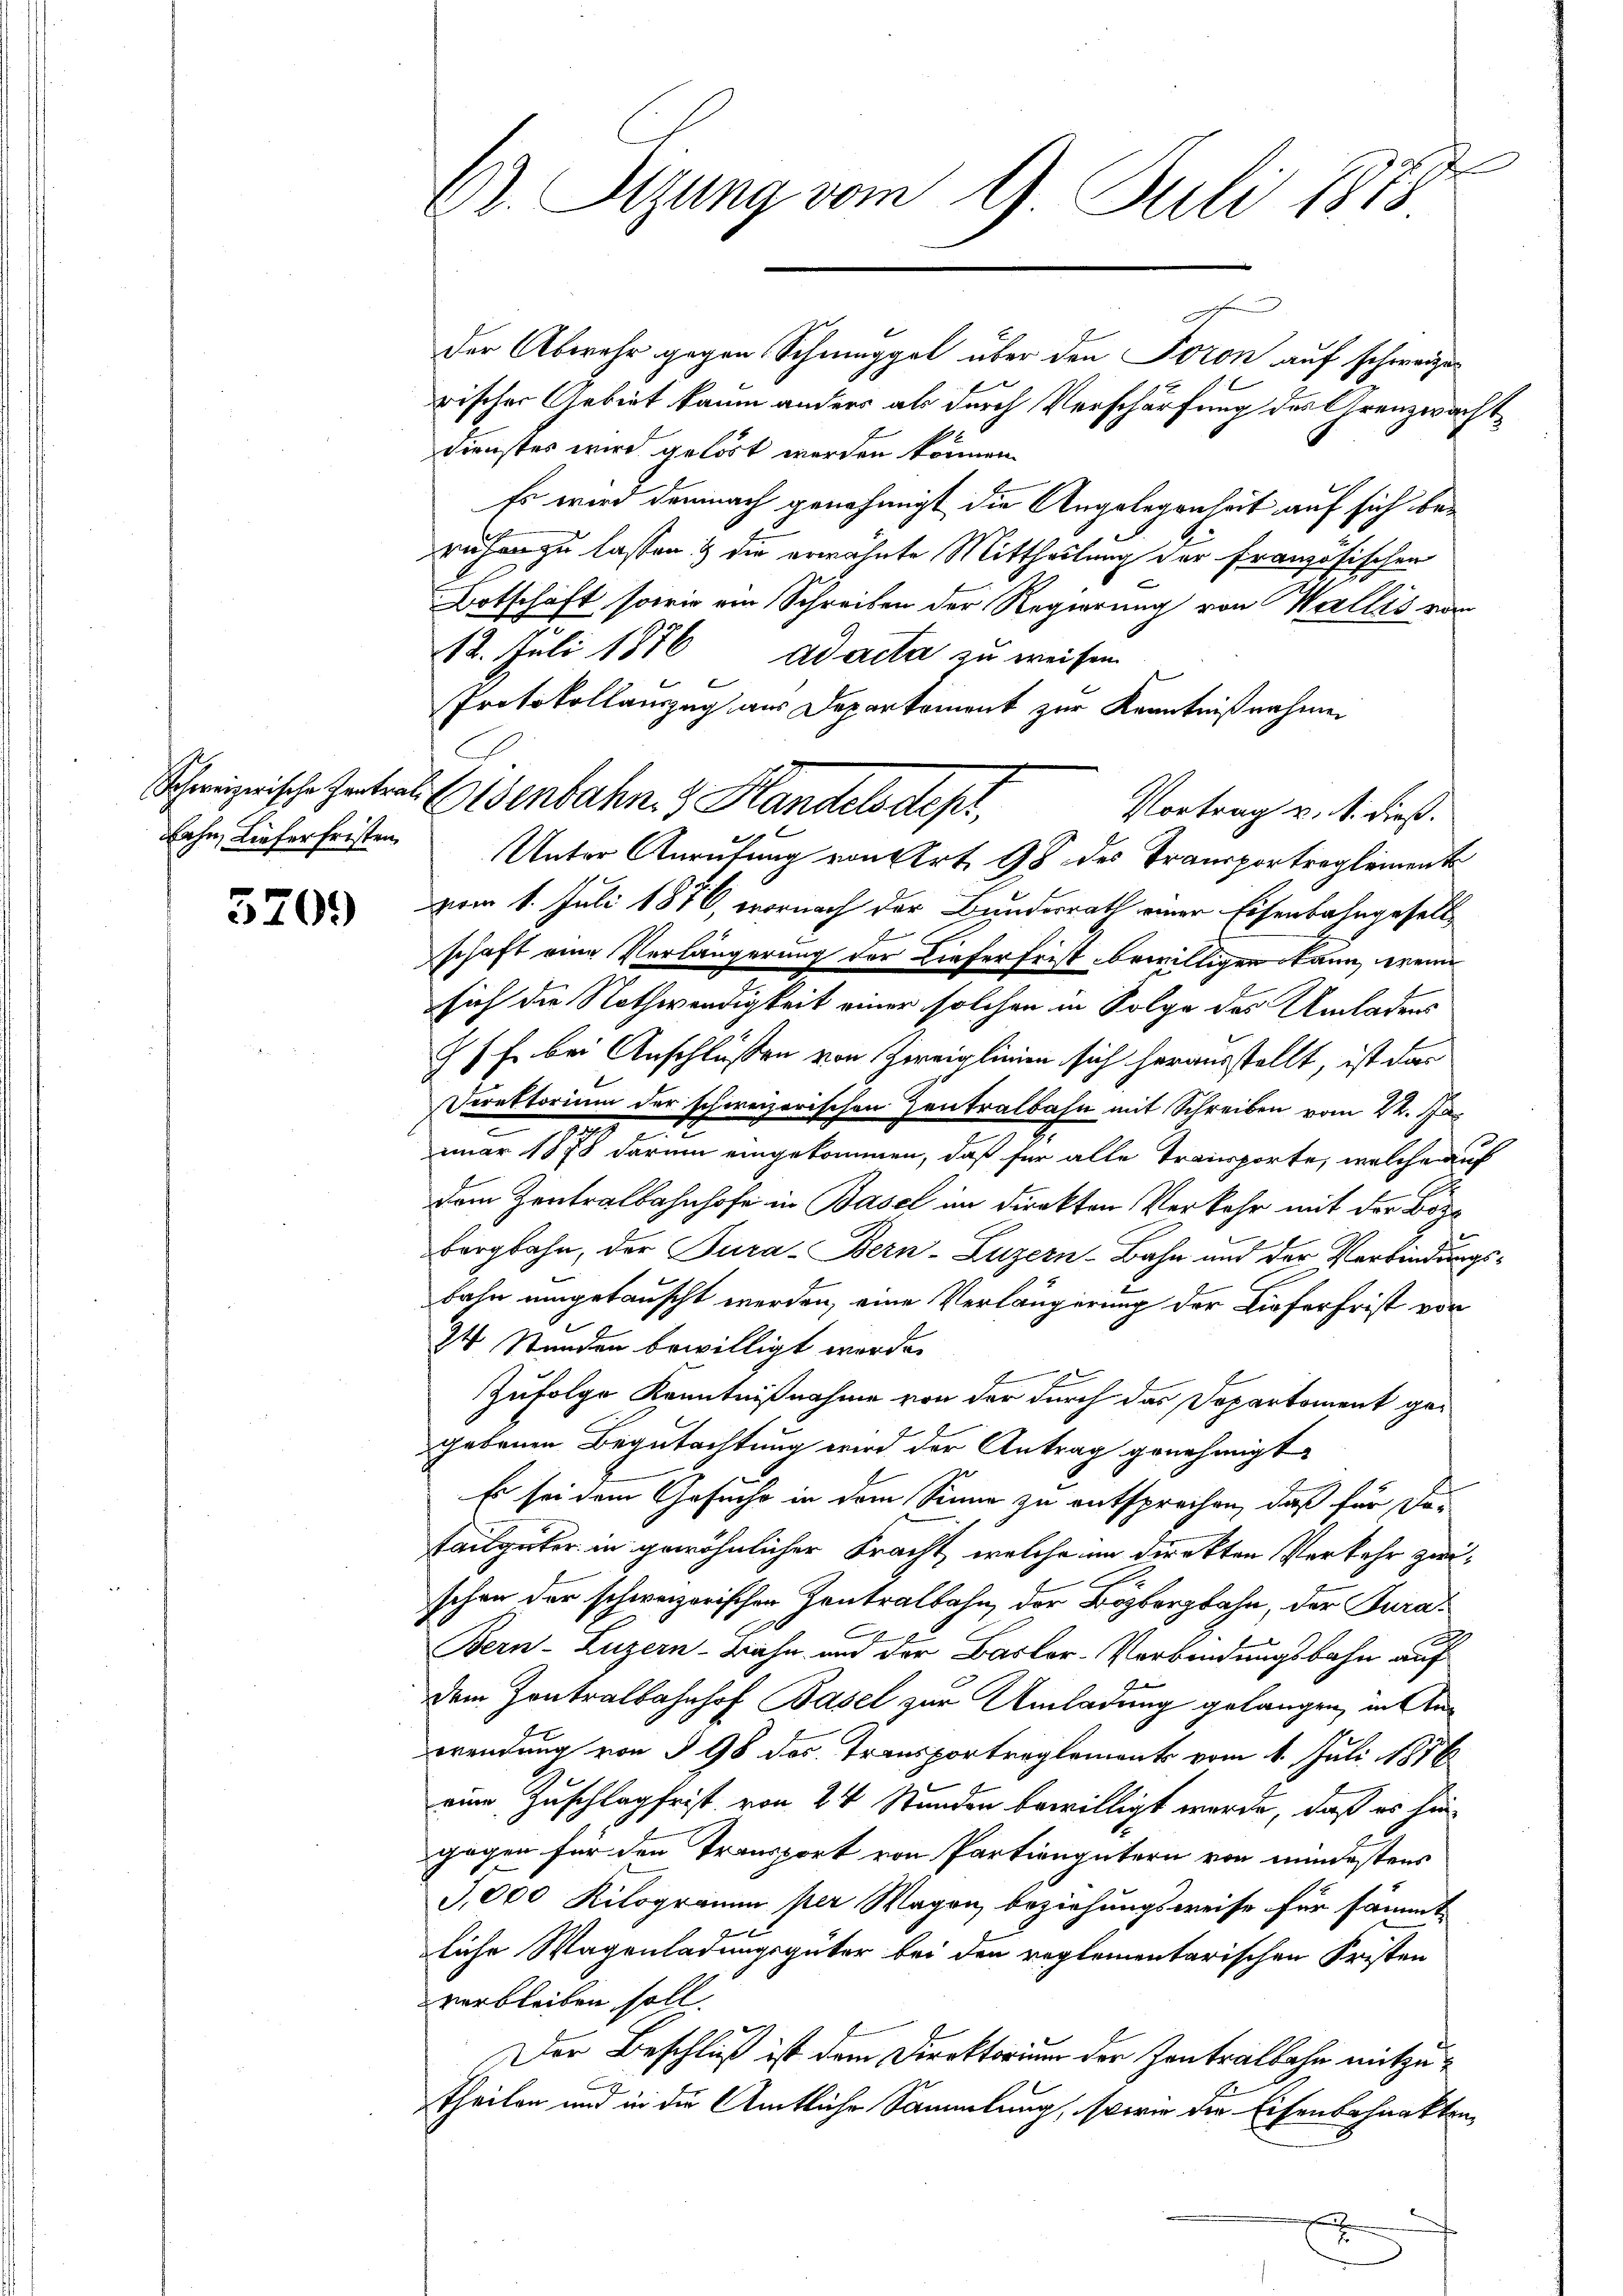
ahn, Liefer fristen

3209

C. Sizung vom 9. Juli 1873

der Abwehr gegen Schmuggel über den Foron auf schweizerischer Gebiet kaum anders als durch Verschärfung des Grenzwacht¬
Dienster wird gelöst werden können.
Es wird demnach genehmigt die Angelegenheit auf sich beruhen zu lassen & die erwähnte Mittheilung der französischen
Botschaft, sowie ein Schreiben der Regierung von Wallis vom
12. Juli 1876 ad acta zu weisen
Protokollauszug aus Departement zur Kenntnißnahmen
Vortrag u. s. dieß.
Unter Anrufung von Art. 98 des Transportreglemente
vom 1. Juli 1876, wornach der Bundesrath einer Eisenbahngesell
schaft eine Verlängerung der Lieferfrist bewilligen kann, weine
sich die Nothwendigkeit einer solchen in Folge des Umladens
7fr. bei Anschlüssen von Zweiglinien sich herausstellt, ist dar
Direktorium der schweizerischen Zentralbahn mit Schreiben vom 24. Ja¬
.
nuar 1878 darum eingekommen, daß für alle Transporte, welche auf
dem Zentralbahnhofe in Basel in direkten Verkehr mit der Boze
bergbahn, der Jura-Bern-Luzern-Bahn und der Verbindungsbahn umgetauscht werden, eine Verlängerung der Lieferfrist von
24 Stunden bewilligt werde.
E
Zufolge Kenntnißnahme von der durch das Departoment gegebenen Begutachtung wird der Antrag genehmigt.
Es sei dem Gesucht in dem Sinne zu entsprechen, daß für da¬
Tailgüter in gewöhnlicher bracht, welche in direkten Verkehr zwischon der schweizerischen Zentralbahn, der Bözbergbahn, der Tura¬
Bern-Luzern-Bahn und der Basler-Verbindungsbahn auf
dem Contralbahnhof Basel zur Umladung gelangen, in Anwendung von § 98 des Transportreglement vom 1. Juli 1816
eine Zuschlag frist von 24 Stunden bewilligt werde, daß es hingegen für den Transport von Partiengütern von mindestens
3,000 Kilogramm per Wagen beziehungsweise für sämmt
liche Wagenladungsgüter bei den reglementarischen Fristen
verbleiben soll.
Der Beschluß ist dem Direktorium der Zentralbahn mitzu¬
Theilen und in die Amtliche Sammlung, sowie die Eisenbahnakten,
.

Schweizerische Zentrat (denbahn & Handelsdepi,